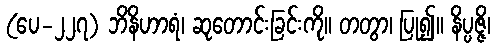
(ပေ-၂၂၇) ဘိနိဟာရံ၊ ဆုတောင်းခြင်းကို။ တတွာ၊ ပြု၍။ နိပ္ပဇ္ဇိ၊